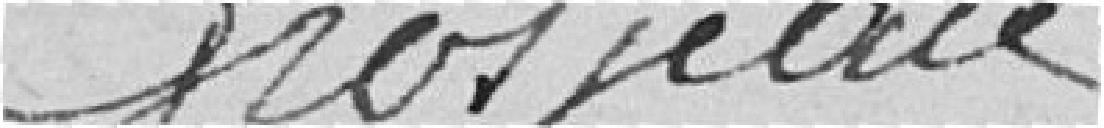
[signature] Grospierre